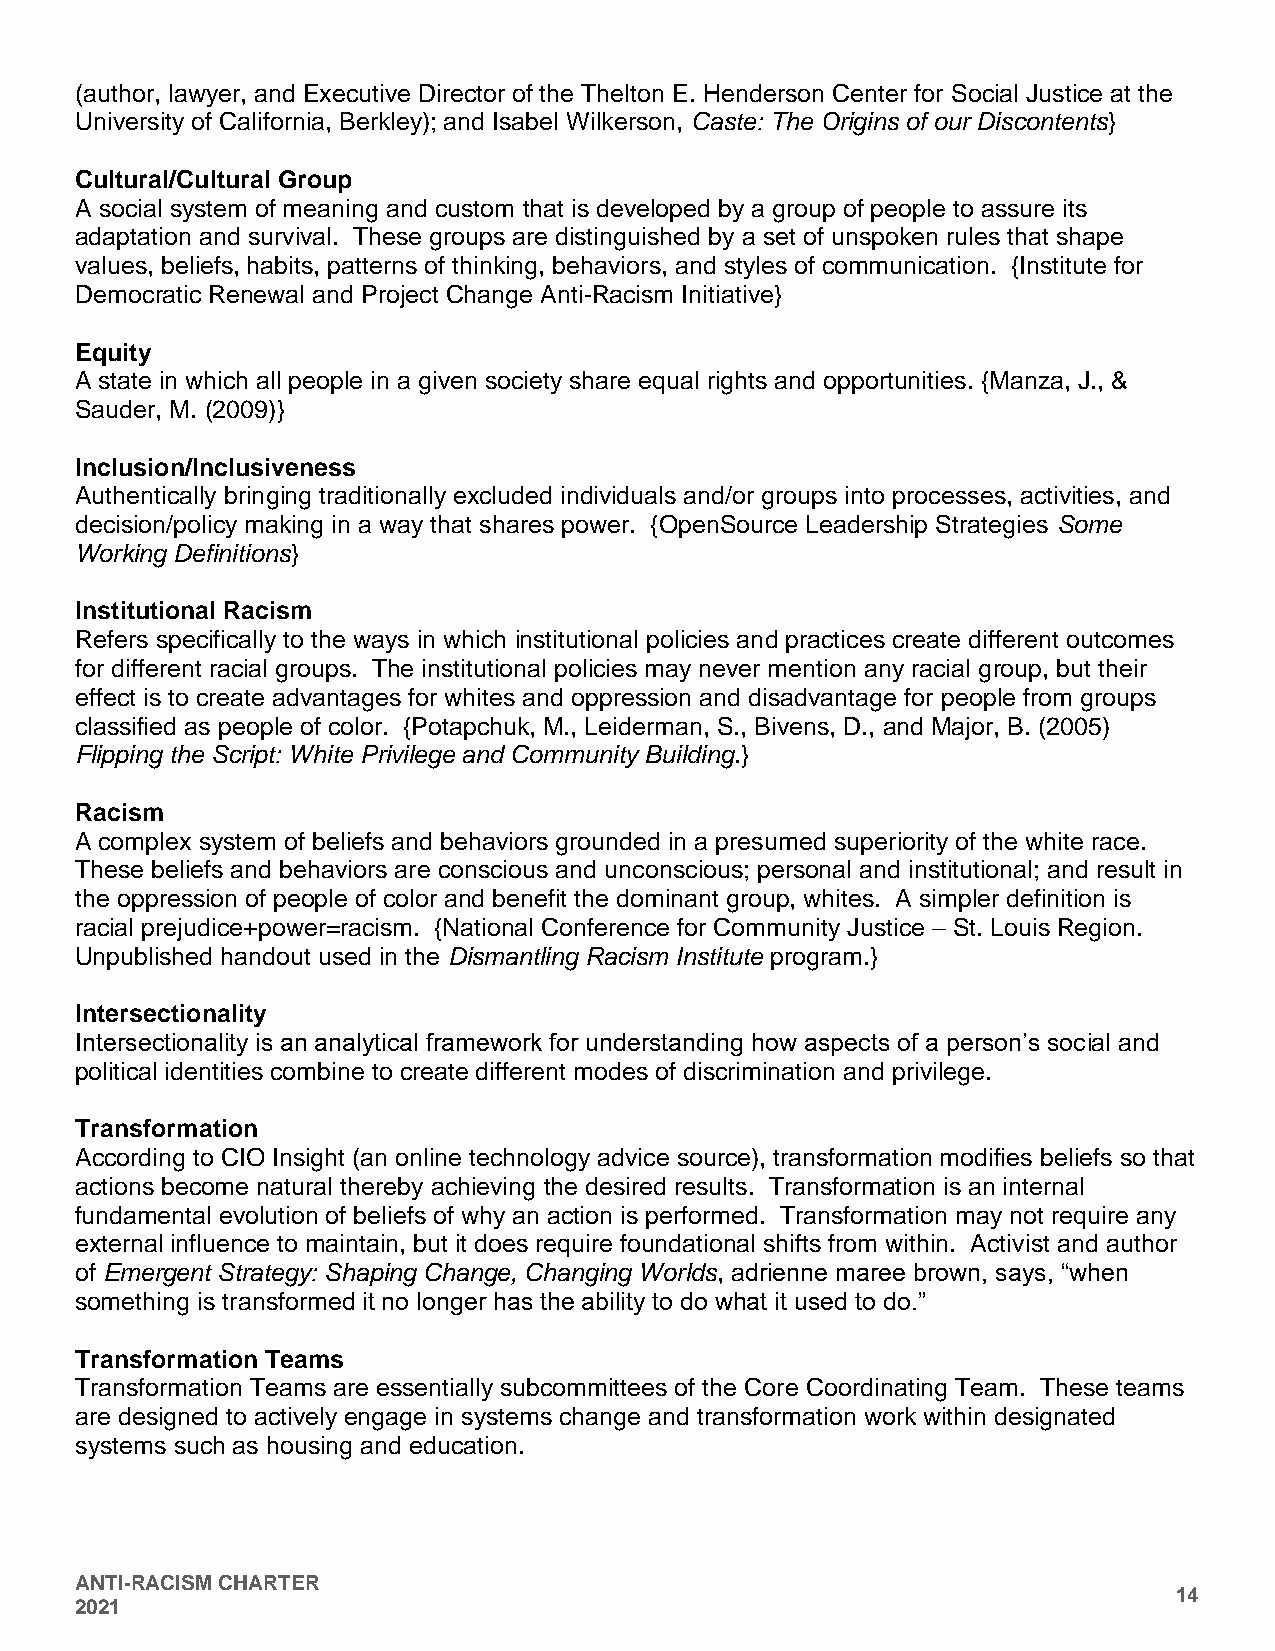
(author, lawyer, and Executive Director of the Thelton E. Henderson Center for Social Justice at the
 University of California, Berkley); and Isabel Wilkerson, Caste: The Origins of our Discontents}
 Cultural/Cultural Group
 A social system of meaning and custom that is developed by a group of people to assure its
 adaptation and survival. These groups are distinguished by a set of unspoken rules that shape
 values, beliefs, habits, patterns of thinking, behaviors, and styles of communication. {Institute for
 Democratic Renewal and Project Change Anti-Racism Initiative}
 Equity
 A state in which all people in a given society share equal rights and opportunities. {Manza, J., &
 Sauder, M. (2009)}
 Inclusion/Inclusiveness
 Authentically bringing traditionally excluded individuals and/or groups into processes, activities, and
 decision/policy making in a way that shares power. {OpenSource Leadership Strategies Some
 Working Definitions}
 Institutional Racism
 Refers specifically to the ways in which institutional policies and practices create different outcomes
 for different racial groups. The institutional policies may never mention any racial group, but their
 effect is to create advantages for whites and oppression and disadvantage for people from groups
 classified as people of color. {Potapchuk, M., Leiderman, S., Bivens, D., and Major, B. (2005)
 Flipping the Script: White Privilege and Community Building.}
 Racism
 A complex system of beliefs and behaviors grounded in a presumed superiority of the white race.
 These beliefs and behaviors are conscious and unconscious; personal and institutional; and result in
 the oppression of people of color and benefit the dominant group, whites. A simpler definition is
 racial prejudice+power=racism. {National Conference for Community Justice – St. Louis Region.
 Unpublished handout used in the Dismantling Racism Institute program.}
 Intersectionality
 Intersectionality is an analytical framework for understanding how aspects of a person’s social and
 political identities combine to create different modes of discrimination and privilege.
 Transformation
 According to CIO Insight (an online technology advice source), transformation modifies beliefs so that
 actions become natural thereby achieving the desired results. Transformation is an internal
 fundamental evolution of beliefs of why an action is performed. Transformation may not require any
 external influence to maintain, but it does require foundational shifts from within. Activist and author
 of Emergent Strategy: Shaping Change, Changing Worlds, adrienne maree brown, says, “when
 something is transformed it no longer has the ability to do what it used to do.”
 Transformation Teams
 Transformation Teams are essentially subcommittees of the Core Coordinating Team. These teams
 are designed to actively engage in systems change and transformation work within designated
 systems such as housing and education.
 ANTI-RACISM CHARTER
 14
 2021